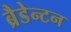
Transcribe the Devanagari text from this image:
ब्रैडेन्टन